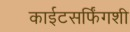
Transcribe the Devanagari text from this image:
काईटसर्फिंगशी